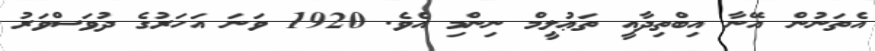
އެތަނުން އޭނާ އިބްތިދާއީ ތަޢުލީމް ނިންމި އެވެ. 1920 ވަނަ އަހަރުގެ ދުވަސްވަރު